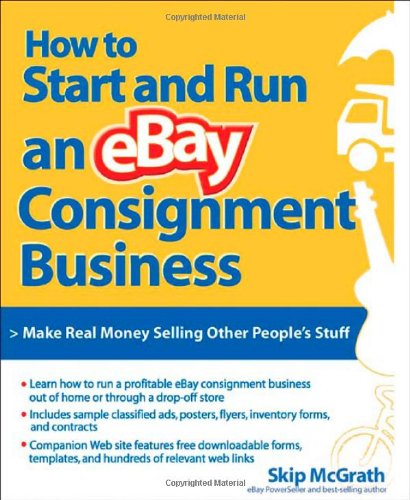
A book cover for How to Start and Run an eBay Consignment Business; Skip McGrath; Computers & Technology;